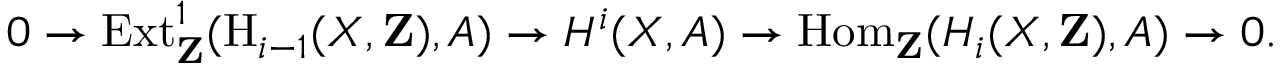
0 \to \operatorname { E x t } _ { \mathbf { Z } } ^ { 1 } ( \operatorname { H } _ { i - 1 } ( X , \mathbf { Z } ) , A ) \to H ^ { i } ( X , A ) \to \operatorname { H o m } _ { \mathbf { Z } } ( H _ { i } ( X , \mathbf { Z } ) , A ) \to 0 .